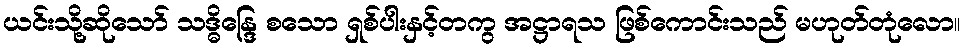
ယင်းသို့ဆိုသော် သဒ္ဓိန္ဒြေ စသော ရှစ်ပါးနှင့်တကွ အဋ္ဌာရသ ဖြစ်ကောင်းသည် မဟုတ်တုံလော။